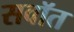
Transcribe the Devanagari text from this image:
सवॉत